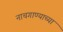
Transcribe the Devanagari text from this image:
नाचगाण्याच्या